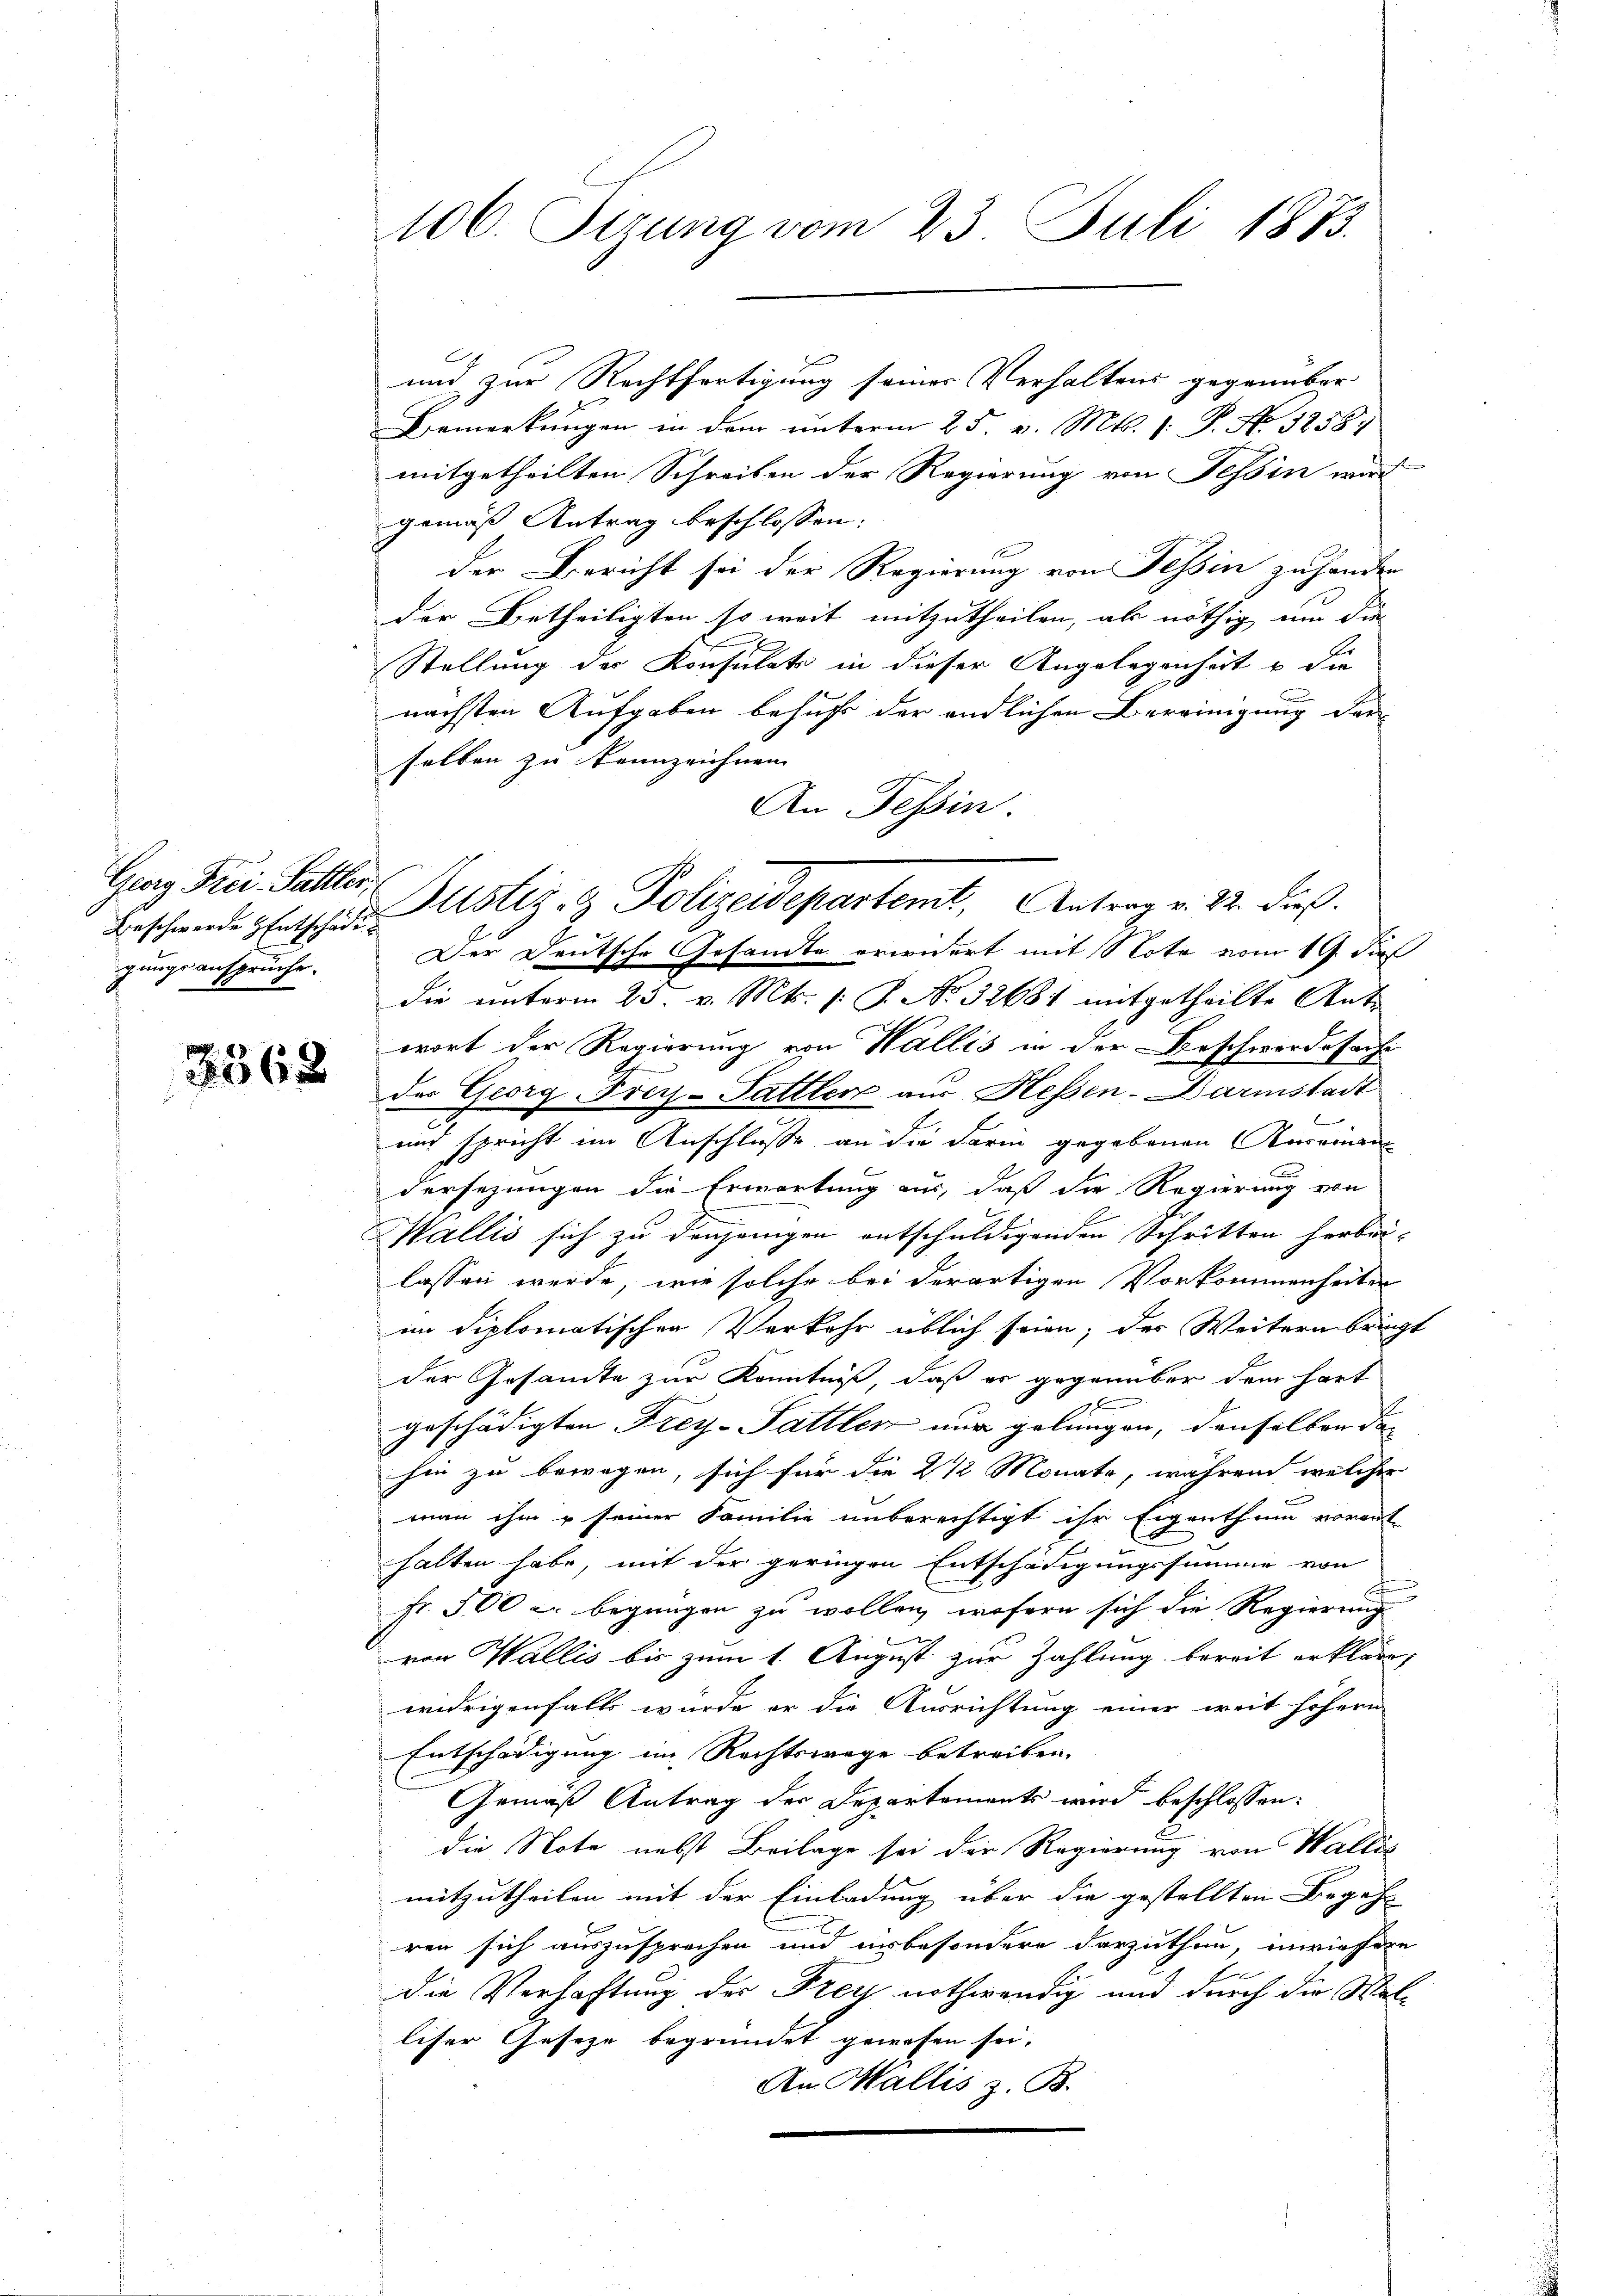
Georg Frei-Salller,
Beschwerde Entschädi
gungsansprüche.

3562

106. Sizung vom 23. Juli 1883.

C
und zur Rechtfertigung seines Verhaltens gegenüber
.
Bemerkungen in dem unterm 25. v. Mts. 1. P. No 5258.
mitgetheilten Schreiben der Regierung von Tessin wurd
gemäß Antrag beschlossen:
der Bericht sei der Regierung von Tessin zu hander
der Betheiligten so weit mitzutheilen, als nöthig um die
Stellung der Konsulat in dieser Angelegenheit u die
nächsten Aufgaben behufs der endlichen Bereinigung der
selben zu kennzeichnen
An Tessin.
Der Deutsche Gesandte erwidert mit Note vom 19. dieß
die unterm 23. v. Mts. S. No 32681 mitgetheilte Antr
wort der Regierung von Wallis in der Beschwerdesache
der Georg Frey-Sattler aus Hessen-Darmstadt
und spricht im Anschlüsse an die Farin gegebenen Kareinan
dersezungen die Erwartung aus, daß die Regierung von
Wallis sich zu denjenigen entschuldigenden Schritten herbei-
lassen werde, wie solche bei derartigen Vorkommenheiten
ein diplomatischen Verkehr üblich seien; des Weitern bringt
der Gesamte zur Kenntniß, daß er gegenüber dem hart
geschädigten Frey-Sattlen nur gelungen, denselben da- |
hin zu bewegen, sich für die 2 1/2 Monate, während welcher
man ihm u seiner Familie unberechtigt ihr Eigenthum vorauf
halten habe, mit der geringen Entschädigungssumme von
u
Fr. 500 c. begnügen zu wollen, wofern sich die Regierung
von Wallis bis zum 1. August zur Zahlung bereit erkläre,
widrigenfalls wurde er die Ausrichtung einer weit höhern
Entschädigung im Rechtswege betreiben.
Gemäß Antrag der Departements wird beschlossen:
die Note nebst Beilage sei der Regierung von Wallis
mitzutheilen mit der Einladung über die gestellten Begehr
ren sich auszusprechen und unbesondere darzuthun, inwiefere
die Verhaftung des Frey nothwendig und durch die Walliser Geseze begründet gewesen sei.
An Wallis z. B.

Justiz- & Polizeidepartemt, Antrag v. 12. dieß.